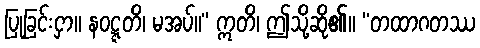
ပြုခြင်းငှာ။ နဝဋ္ဋတိ၊ မအပ်။” ဣတိ၊ ဤသို့ဆို၏။ “တထာဂတဿ